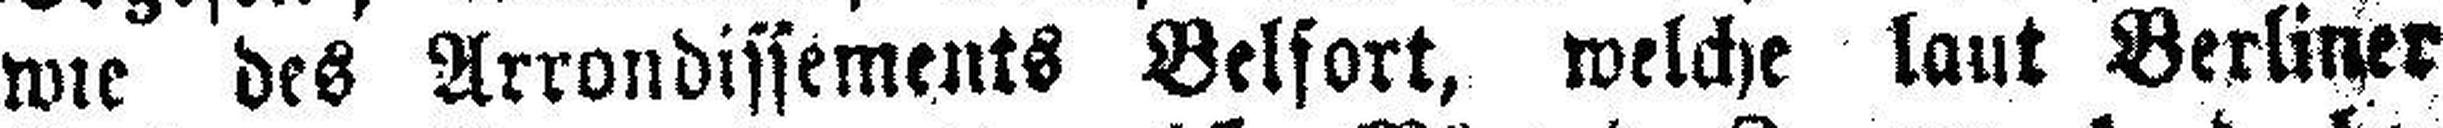
wie des Arrondissements Belfort, welche laut Berliner